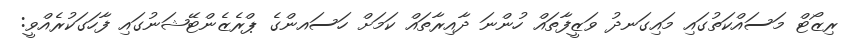
ރިޒޯޓް މަސައްކަތުގައި މައިގަނދު ވަޒީފާތައް ހުންނަ ދާއިރާތައް ކަމަށް ހަސައންގެ ޕްރެޒެންޓޭޝަނުގައި ފާހަގަކުރެއްވީ: